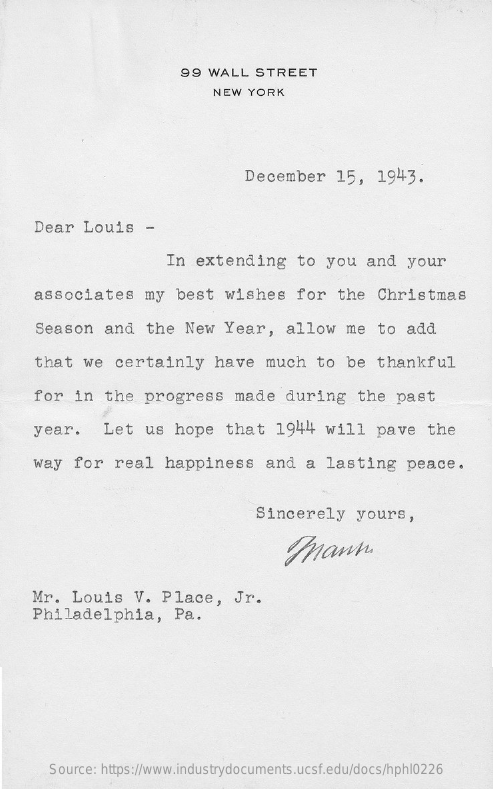
99  WALL   STREET
     NEW  YORK
     December    15,    1943.
     Dear   Louis    -
     In  extending    to  you   and   your
     associates    my  best    wishes    for    the   Christmas
     Season    and   the   New   Year,    allow    me   to  add
     that    we  certainly    have    much    to  be   thankful
     for   in   the   progress    made    during    the  past
     year.    Let   us  hope    that    1944   will    pave   the
     way   for   real    happiness    and   a  lasting    peace.
     Sincerely    yours,
     Mann.
     Mr.   Louis    V.  Place,    Jr.
     Philadelphia,    Pa.
     Source: https://www.industrydocuments.ucsf.edu/docs/hphl0226